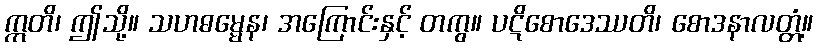
ဣတိ၊ ဤသို့။ သဟဓမ္မေန၊ အကြောင်းနှင့် တကွ။ ပဋိစောဒေဿတိ၊ စောဒနာလတ္တံ့။